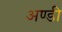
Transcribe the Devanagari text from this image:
अण्डी